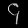
Digit: ၄